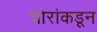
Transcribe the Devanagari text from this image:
चोरांकडून